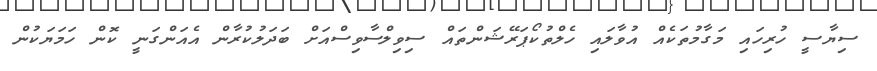
ސިޔާސީ ހުރިހައި މަގާމުތަކެއް އުވާލައި ހެލްތުކޯޕަރޭޝަންތައް ސިވިލްސާވިސްއަށް ބަދަލުކުރާން އެއަންގަނީ ކޮން ހަމަޔަކުން